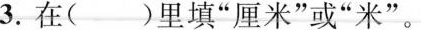
3.在()里填“厘米”或”米”。